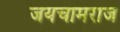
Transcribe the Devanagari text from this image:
जयचामराज